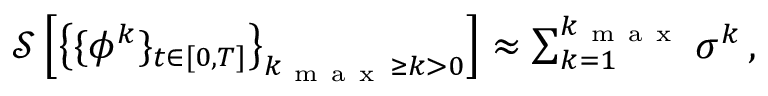
\begin{array} { r } { \mathcal { S } \left[ \big \{ \{ { \phi } ^ { k } \} _ { t \in [ 0 , T ] } \big \} _ { k _ { \mathrm { ~ m ~ a ~ x ~ } } \geq k > 0 } \right] \approx \sum _ { k = 1 } ^ { k _ { \mathrm { ~ m ~ a ~ x ~ } } } \sigma ^ { k } \, , } \end{array}